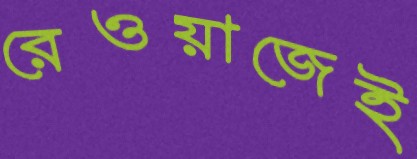
রেওয়াজেই